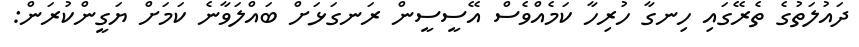
ދައުލަތުގެ ތެރޭގައި ހިނގާ ހުރިހާ ކަމެއްވެސް އޭސީސީން ރަނގަޅަށް ބައްލަވާނެ ކަމަށް ޔަގީންކުރަން: